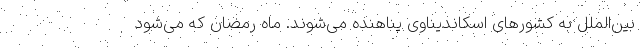
بین‌الملل به کشور‌های اسکاندیناوی پناهنده می‌شوند. ماه رمضان که می‌شود